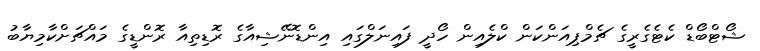
ޝޯޓްބޯޑް ކެޓެގެރީގެ ޗެމްޕިއަންކަން ކްލެއިން ހޯދީ ފައިނަލްގައި އިންޑޮނޭޝިއާގެ ރޮޑިތިއާ ރޮންޑީގެ މައްޗަށްކާމިޔާބު